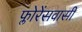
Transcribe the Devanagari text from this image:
फ्लोरेंसवासी